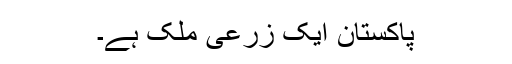
پاکستان ایک زرعی ملک ہے۔